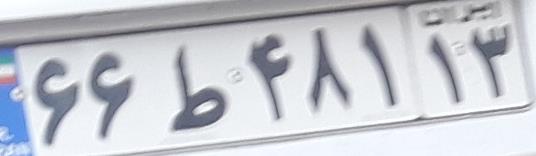
۶۶ط۴۸۱۱۳